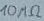
Text: 10MΩ